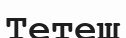
Тетеш